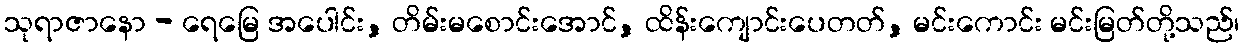
သုရာဇာနော - ရေမြေ အပေါင်း, တိမ်းမစောင်းအောင်, ထိန်းကျောင်းပေတတ်, မင်းကောင်း မင်းမြတ်တို့သည်၊